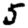
Digit: 5